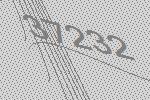
37232